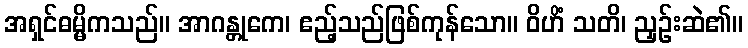
အရှင်ဓမ္မိကသည်။ အာဂန္တုကေ၊ ဧည့်သည်ဖြစ်ကုန်သော။ ဝိဟိံ သတိ၊ ညှဉ်းဆဲ၏။